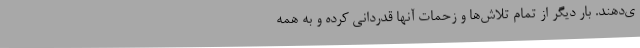
ی‌دهند. بار دیگر از تمام تلاش‌ها و زحمات آنها قدردانی کرده و به همه